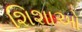
શિશાઓ